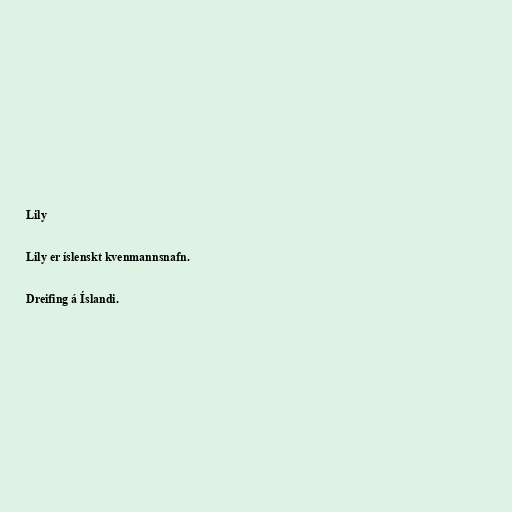
Lily

Lily er íslenskt kvenmannsnafn.

Dreifing á Íslandi.